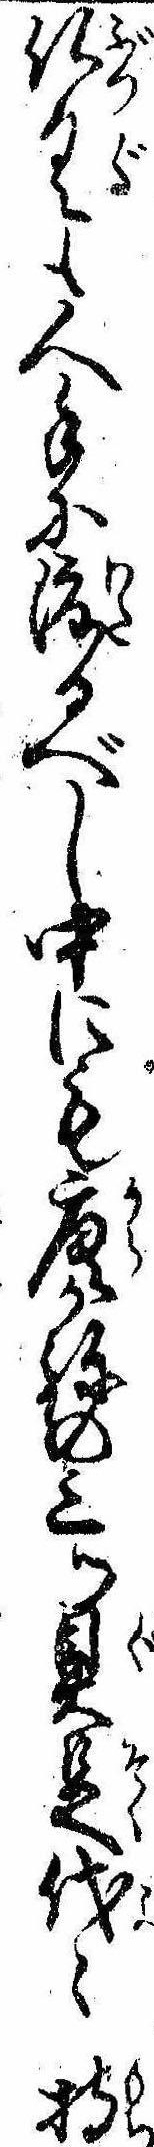
仏具も人手に渡るべし中にも唐かねの三ツ具足代ゝ持